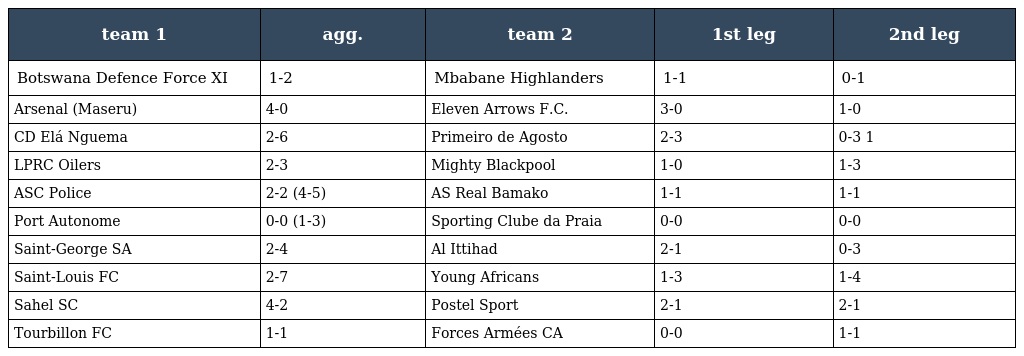
| team 1 | agg. | team 2 | 1st leg | 2nd leg |
 | --- | --- | --- | --- | --- |
 | Botswana Defence Force XI | 1-2 | Mbabane Highlanders | 1-1 | 0-1 |
 | Arsenal (Maseru) | 4-0 | Eleven Arrows F.C. | 3-0 | 1-0 |
 | CD Elá Nguema | 2-6 | Primeiro de Agosto | 2-3 | 0-3 1 |
 | LPRC Oilers | 2-3 | Mighty Blackpool | 1-0 | 1-3 |
 | ASC Police | 2-2 (4-5) | AS Real Bamako | 1-1 | 1-1 |
 | Port Autonome | 0-0 (1-3) | Sporting Clube da Praia | 0-0 | 0-0 |
 | Saint-George SA | 2-4 | Al Ittihad | 2-1 | 0-3 |
 | Saint-Louis FC | 2-7 | Young Africans | 1-3 | 1-4 |
 | Sahel SC | 4-2 | Postel Sport | 2-1 | 2-1 |
 | Tourbillon FC | 1-1 | Forces Armées CA | 0-0 | 1-1 |